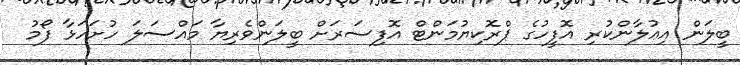
ބީލަން އިޢުލާންކުރި އޮފީހުގެ ޕްރޮކިޔުމަންޓް އޮފިސަރަށް ބީލަންވެރިޔާ މައްސަލަ ހުށަހަޅާ ފޯމު